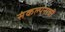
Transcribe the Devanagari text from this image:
संकल्पनाची